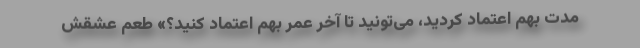
مدت بهم اعتماد کردید، می‌تونید تا آخر عمر بهم اعتماد کنید؟» طعم عشقش